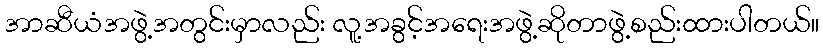
အာဆီယံအဖွဲ့အတွင်းမှာလည်း လူ့အခွင့်အရေးအဖွဲ့ဆိုတာဖွဲ့စည်းထားပါတယ်။